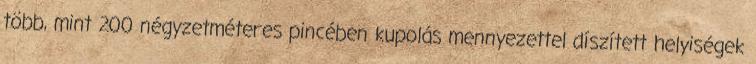
több, mint 200 négyzetméteres pincében kupolás mennyezettel díszített helyiségek